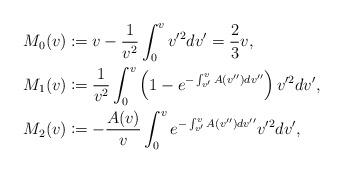
LaTeX: \begin{align*} M_{0}(v)&\coloneqq v-\frac{1}{v^2}\int_0^vv'^2dv'=\frac{2}{3}v,\\ M_{1}(v)&\coloneqq \frac{1}{v^2}\int_0^v\left(1-e^{-\int_{v'}^vA(v'')dv''}\right)v'^2dv',\\ M_{2}(v)&\coloneqq -\frac{A(v)}{v}\int_0^ve^{-\int_{v'}^vA(v'')dv''}v'^2dv',\end{align*}